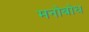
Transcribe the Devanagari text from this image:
मनोबोध